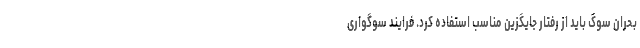
بحران سوگ باید از رفتار جایگزین مناسب استفاده کرد. فرایند سوگواری